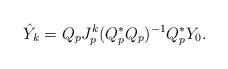
LaTeX: \begin{align*} \hat Y_k=Q_pJ_p^k(Q_p^*Q_p)^{-1}Q_p^*Y_0.\end{align*}